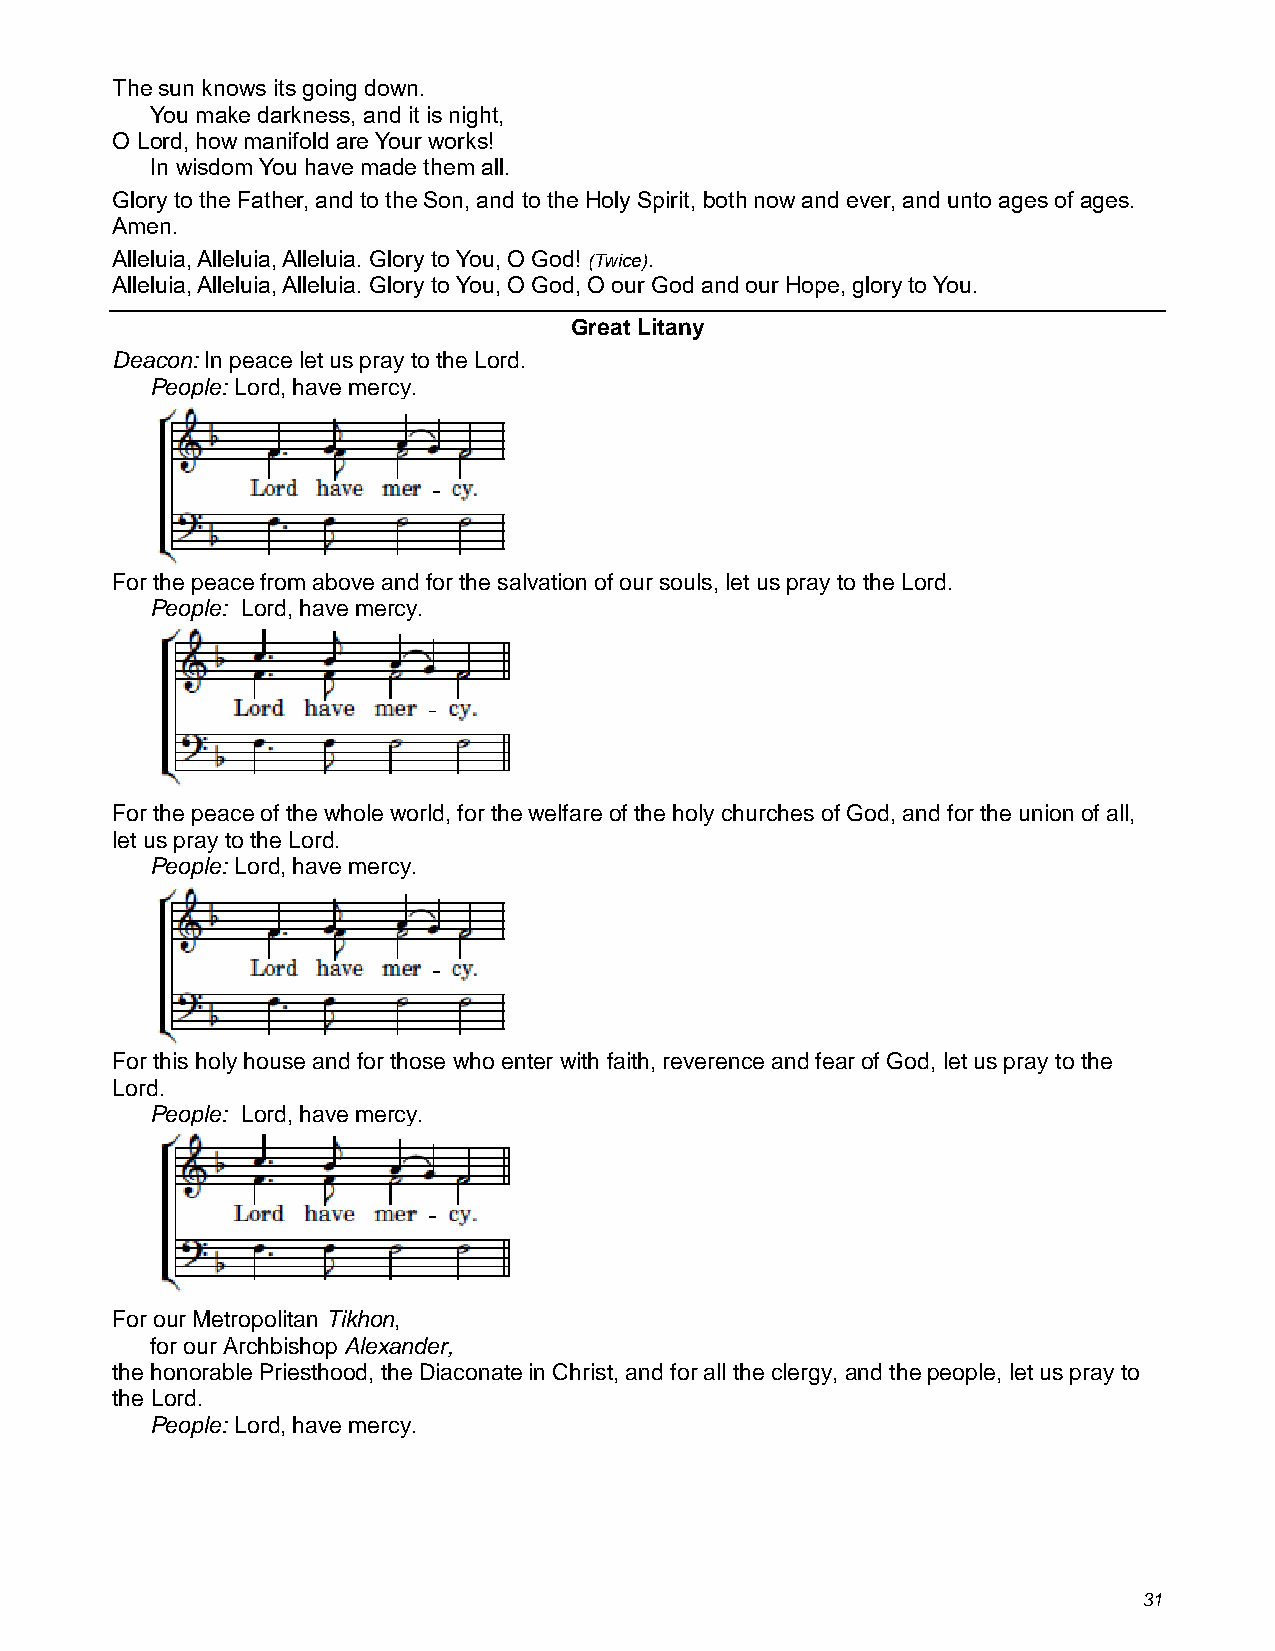
The sun knows its going down.
 You make darkness, and it is night,
 O Lord, how manifold are Your works!
 In wisdom You have made them all.
 Glory to the Father, and to the Son, and to the Holy Spirit, both now and ever, and unto ages of ages.
 Amen.
 Alleluia, Alleluia, Alleluia. Glory to You, O God! (Twice).
 Alleluia, Alleluia, Alleluia. Glory to You, O God, O our God and our Hope, glory to You.
 Great Litany
 Deacon: In peace let us pray to the Lord.
 People: Lord, have mercy.
 For the peace from above and for the salvation of our souls, let us pray to the Lord.
 People: Lord, have mercy.
 For the peace of the whole world, for the welfare of the holy churches of God, and for the union of all,
 let us pray to the Lord.
 People: Lord, have mercy.
 For this holy house and for those who enter with faith, reverence and fear of God, let us pray to the
 Lord.
 People: Lord, have mercy.
 For our Metropolitan Tikhon,
 for our Archbishop Alexander,
 the honorable Priesthood, the Diaconate in Christ, and for all the clergy, and the people, let us pray to
 the Lord.
 People: Lord, have mercy.
 31